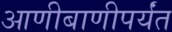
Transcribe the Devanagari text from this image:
आणीबाणीपर्यंत